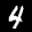
Label: 4